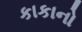
કાકાનો